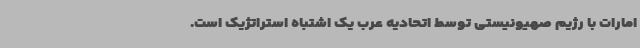
امارات با رژیم صهیونیستی توسط اتحادیه عرب یک اشتباه استراتژیک است.